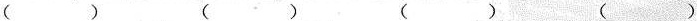
( ) ( ) ( ) ( )